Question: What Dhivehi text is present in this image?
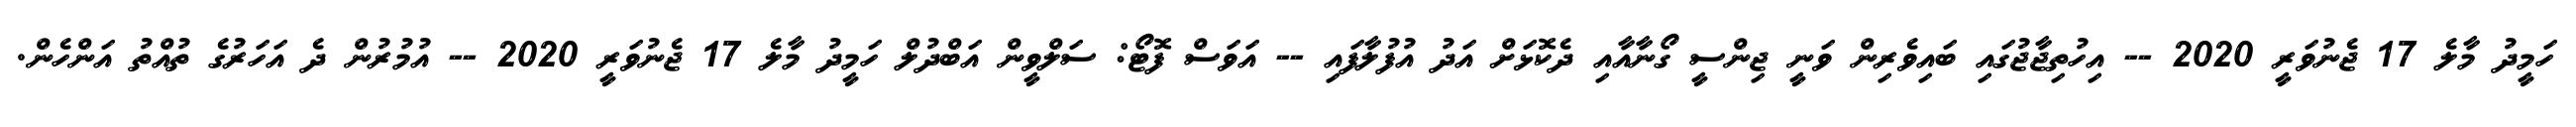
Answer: ހަމީދު މާލެ 17 ޖެނުވަރީ 2020 -- އިހުތިޖާޖުގައި ބައިވެރިން ވަނީ ޖިންސީ ގޯނާއާއި ދެކޮޅަށް އަދު އުފުލާފައި -- އަވަސް ފޮޓޯ: ސަލްވީން އަބްދުލް ހަމީދު މާލެ 17 ޖެނުވަރީ 2020 -- އުމުރުން ދެ އަހަރުގެ ތުއްތު އަންހެން.